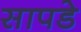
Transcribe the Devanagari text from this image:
सापडे